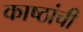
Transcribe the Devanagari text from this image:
काष्ठांची